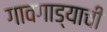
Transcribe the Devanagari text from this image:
गावगाड्याची